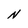
Character: N